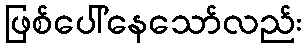
ဖြစ်ပေါ်နေသော်လည်း